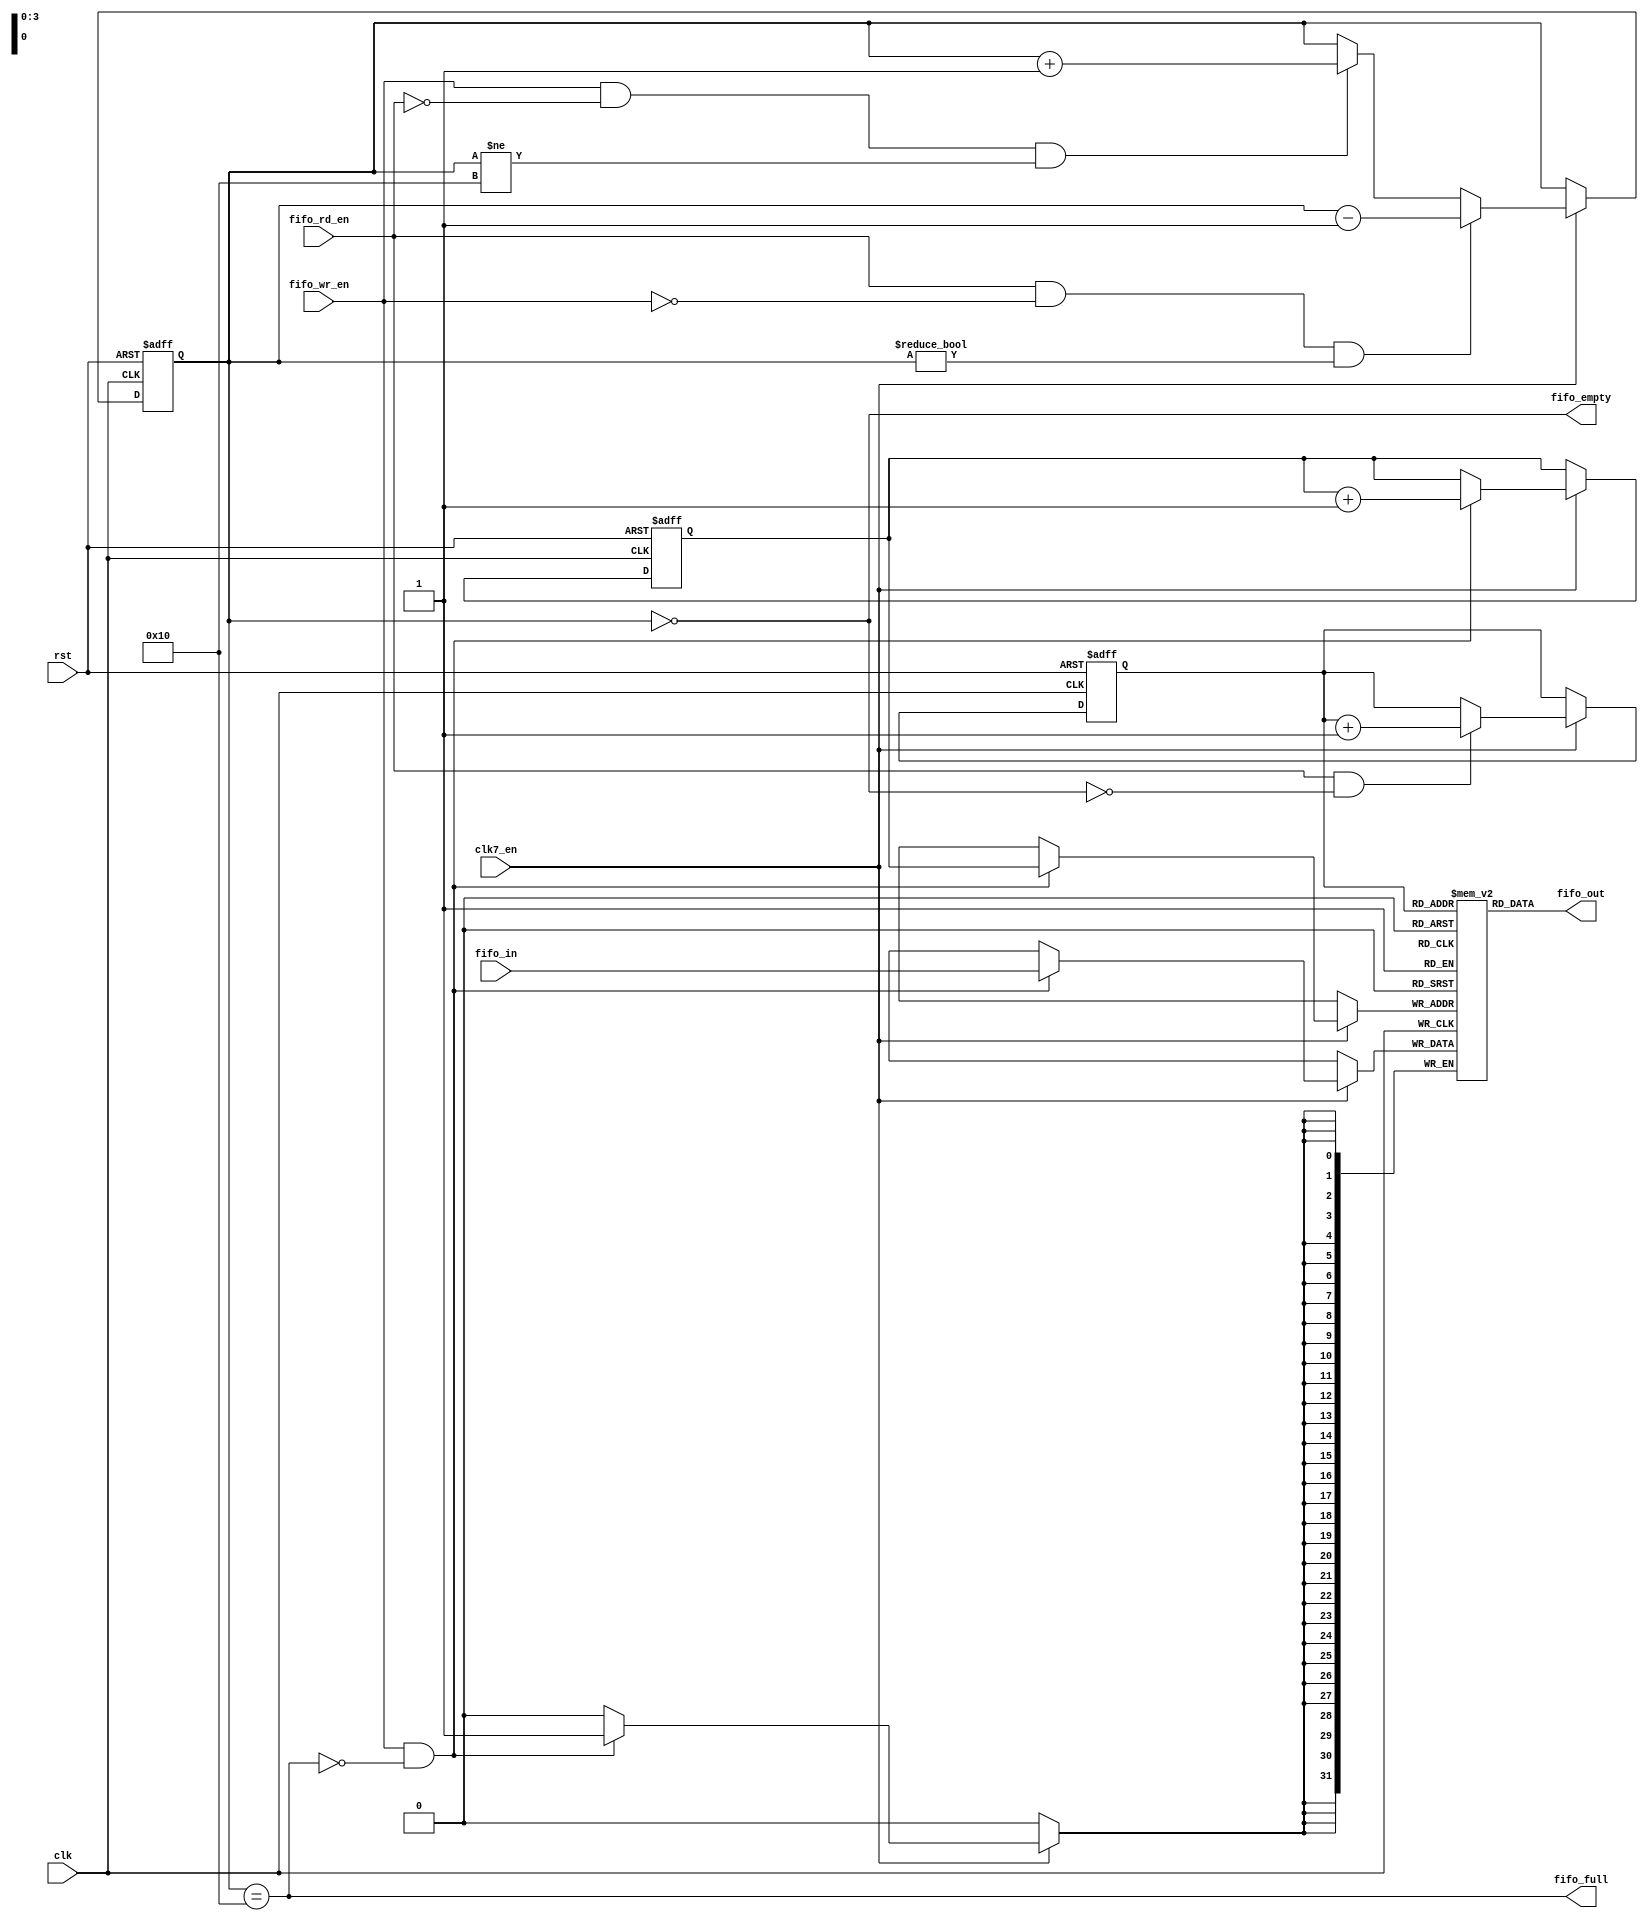
// This program was cloned from: https://github.com/rkrajnc/minimig-mist
// License: GNU General Public License v3.0

/********************************************/
/* sync_fifo.v                              */
/* simple single-clock fifo                 */
/*                                          */
/* 2011, rok.krajnc@gmail.com               */
/********************************************/


module sync_fifo #(
  parameter FD    = 16,               // fifo depth
  parameter DW    = 32                // data width
)(
  // system
  input  wire           clk,          // clock
  input  wire           clk7_en,      // 7MHz clock enable
  input  wire           rst,          // reset
  // fifo input / output
  input  wire [ DW-1:0] fifo_in,      // write data
  output wire [ DW-1:0] fifo_out,     // read data
  // fifo control
  input  wire           fifo_wr_en,   // fifo write enable
  input  wire           fifo_rd_en,   // fifo read enable
  // fifo status
  output wire           fifo_full,    // fifo full
  output wire           fifo_empty    // fifo empty
);



////////////////////////////////////////
// log function                       //
////////////////////////////////////////

function integer CLogB2;
  input [31:0] d;
  integer i;
begin
  i = d;
  for(CLogB2 = 0; i > 0; CLogB2 = CLogB2 + 1) i = i >> 1;
end
endfunction



////////////////////////////////////////
// local parameters                   //
////////////////////////////////////////

localparam FCW = CLogB2(FD-1) + 1;
localparam FPW = CLogB2(FD-1);



////////////////////////////////////////
// local signals                      //
////////////////////////////////////////

// fifo counter
reg  [FCW-1:0] fifo_cnt;

// fifo write & read pointers
reg  [FPW-1:0] fifo_wp, fifo_rp;

// fifo memory
reg  [ DW-1:0] fifo_mem [0:FD-1];



////////////////////////////////////////
// logic                              //
////////////////////////////////////////

// FIFO write pointer
always @ (posedge clk or posedge rst) begin
  if (rst)
    fifo_wp <= #1 1'b0;
  else if (clk7_en) begin
    if (fifo_wr_en && !fifo_full)
      fifo_wp <= #1 fifo_wp + 1'b1;
  end
end


// FIFO write
always @ (posedge clk) begin
  if (clk7_en) begin
    if (fifo_wr_en && !fifo_full) fifo_mem[fifo_wp] <= #1 fifo_in;
  end
end


// FIFO counter
always @ (posedge clk or posedge rst) begin
  if (rst)
    fifo_cnt <= #1 'd0;
  // read & no write
  else if (clk7_en) begin
    if (fifo_rd_en && !fifo_wr_en && (fifo_cnt != 'd0))
      fifo_cnt <= #1 fifo_cnt - 'd1;
    // write & no read
    else if (fifo_wr_en && !fifo_rd_en && (fifo_cnt != FD))
      fifo_cnt <= #1 fifo_cnt + 'd1;
  end
end


// FIFO full & empty
assign fifo_full  = (fifo_cnt == (FD));
assign fifo_empty = (fifo_cnt == 'd0);


// FIFO read pointer
always @ (posedge clk or posedge rst) begin
  if (rst)
    fifo_rp <= #1 1'b0;
  else if (clk7_en) begin
    if (fifo_rd_en && !fifo_empty)
      fifo_rp <= #1 fifo_rp + 1'b1;
  end
end


// FIFO read
assign fifo_out = fifo_mem[fifo_rp];


endmodule